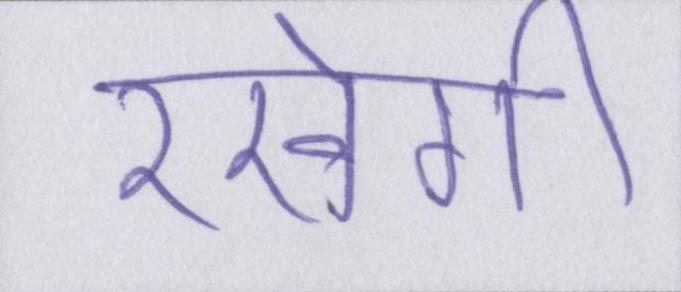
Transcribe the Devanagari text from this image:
रखेगी